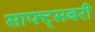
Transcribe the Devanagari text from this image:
साफ्ट्सबरी